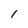
Character: 1